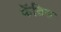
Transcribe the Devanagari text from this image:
फॅब्रिस